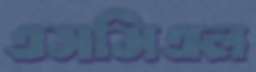
এসসিএল